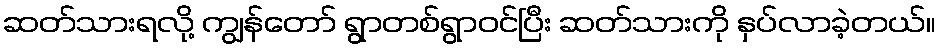
ဆတ်သားရလို့ ကျွန်တော် ရွာတစ်ရွာဝင်ပြီး ဆတ်သားကို နှပ်လာခဲ့တယ်။